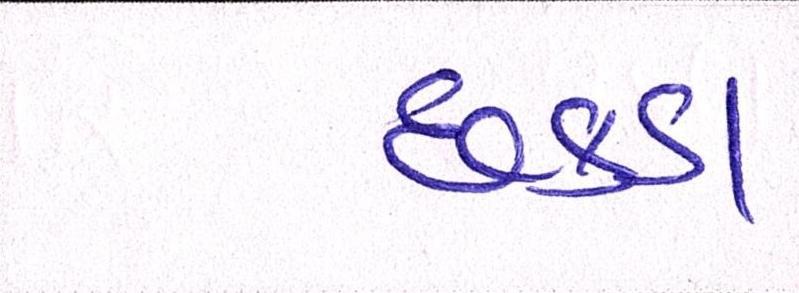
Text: છકડા